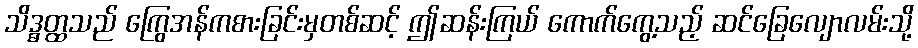
သိဒ္ဓတ္ထသည် ကြွေအန်ကစားခြင်းမှတစ်ဆင့် ဤဆန်းကြယ် ကောက်ကွေ့သည့် ဆင်ခြေလျောလမ်းသို့